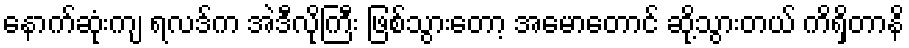
နောက်ဆုံးကျ ရလဒ်က အဲဒီလိုကြီး ဖြစ်သွားတော့ အမောတောင် ဆို့သွားတယ် ကိရှိတာနိ